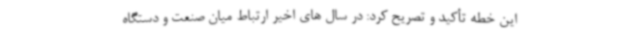
این خطه تأکید و تصریح کرد: در سال های اخیر ارتباط میان صنعت و دستگاه